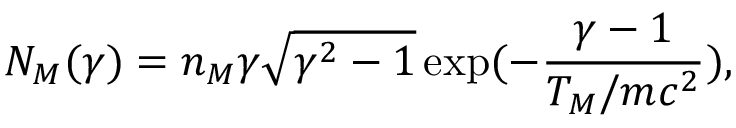
N _ { M } ( \gamma ) = n _ { M } \gamma \sqrt { \gamma ^ { 2 } - 1 } \exp ( - \frac { \gamma - 1 } { T _ { M } / m c ^ { 2 } } ) ,